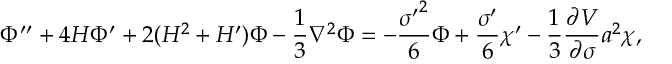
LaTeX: \Phi ^ { \prime \prime } + 4 { \cal H } \Phi ^ { \prime } + 2 ( { \cal H } ^ { 2 } + { \cal H } ^ { \prime } ) \Phi - \frac { 1 } { 3 } \nabla ^ { 2 } \Phi = - \frac { { \sigma ^ { \prime } } ^ { 2 } } { 6 } \Phi + \frac { \sigma ^ { \prime } } { 6 } \chi ^ { \prime } - \frac { 1 } { 3 } \frac { \partial V } { \partial \sigma } a ^ { 2 } \chi ,